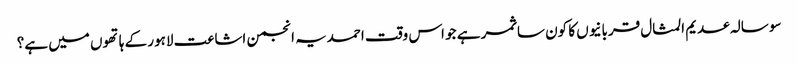
سو سالہ عدیم المثال قربانیوں کا کون سا ثمر ہے جو اس وقت احمدیہ انجمن اشاعت لاہور کے ہاتھوں میں ہے؟